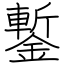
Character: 鏨